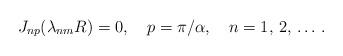
LaTeX: \begin{align*}J_{np}(\lambda_{nm}R)=0,\quad p=\pi/\alpha,\quad n=1,\,2,\,\ldots\,{.}\end{align*}